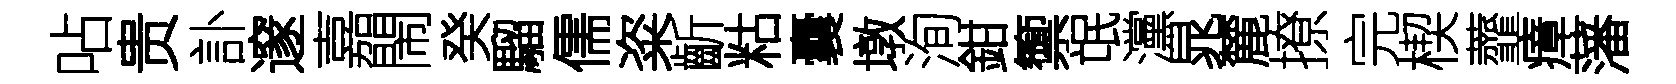
呫贵訃邃嘉閙癸騮儒粢齗䊀囊墩洵鉗籞氓灙晁麓撩完楔虀瘴藩